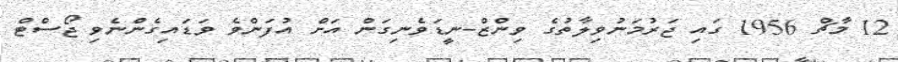
12 މާޗް 1956 ގައި ޖަރުމަނުވިލާތުގެ ވިންޒް-ނީޑަވެނިގަން އަށް އުފަންވެ ވަޑައިގެންނެވި ޖޯސްޓް